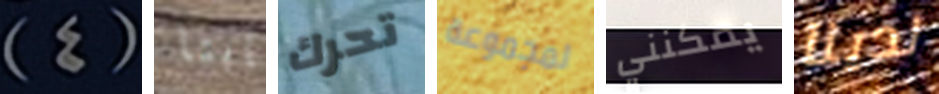
(4) ثابتا تحرك لمجموعة يمكنني لدينا